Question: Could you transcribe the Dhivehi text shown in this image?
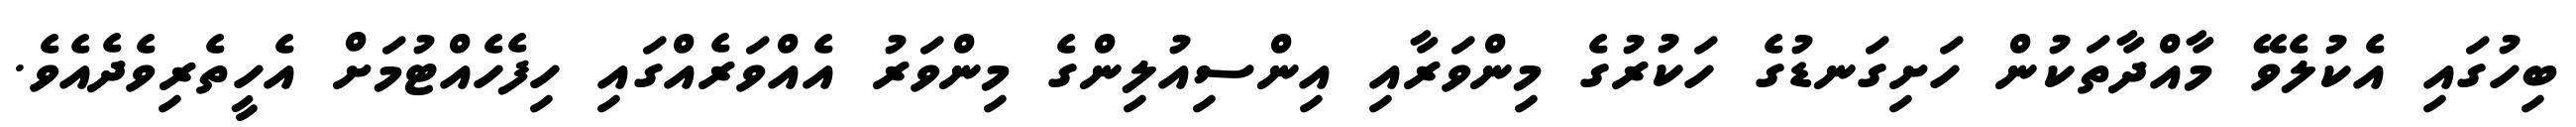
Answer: ބިހުގައި އެކުލެވޭ މާއްދާތަކުން ހަށިގަނޑުގެ ހަކުރުގެ މިންވަރާއި އިންސިއުލިންގެ މިންވަރު އެއްވަރެއްގައި ހިފެހެއްޓުމަށް އެހީތެރިވެދެއެވެ.